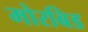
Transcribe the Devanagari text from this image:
मोरबिड